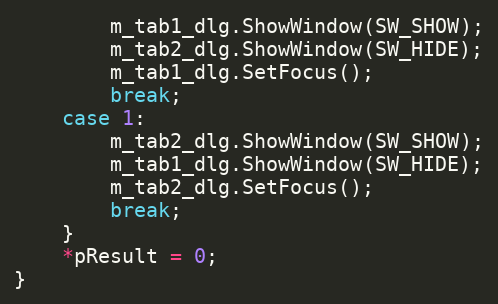
Language: C++
		m_tab1_dlg.ShowWindow(SW_SHOW);
		m_tab2_dlg.ShowWindow(SW_HIDE);
		m_tab1_dlg.SetFocus();
		break;
	case 1:
		m_tab2_dlg.ShowWindow(SW_SHOW);
		m_tab1_dlg.ShowWindow(SW_HIDE);
		m_tab2_dlg.SetFocus();
		break;
	}
	*pResult = 0;
}